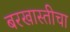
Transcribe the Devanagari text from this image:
बरखास्तीचा